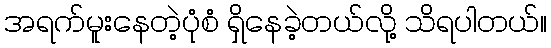
အရက်မူးနေတဲ့ပုံစံ ရှိနေခဲ့တယ်လို့ သိရပါတယ်။